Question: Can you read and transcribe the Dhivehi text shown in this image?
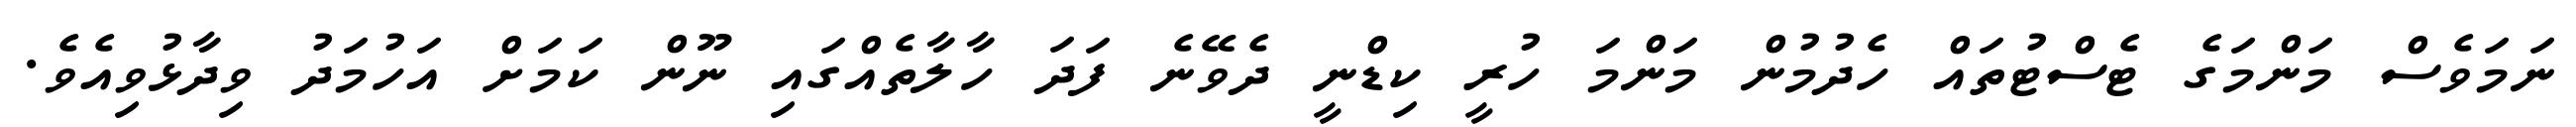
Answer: ނަމަވެސް މަންމަގެ ޓެސްޓުތައް ހެދުމުން މަންމަ ހުރީ ކިޑްނީ ދެވޭނެ ފަދަ ހާލާތެއްގައި ނޫން ކަމަށް އަހުމަދު ވިދާޅުވިއެވެ.